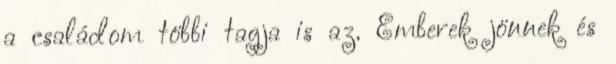
a családom többi tagja is az. Emberek jönnek és